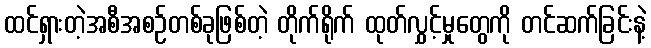
ထင်ရှားတဲ့အစီအစဉ်တစ်ခုဖြစ်တဲ့ တိုက်ရိုက် ထုတ်လွှင့်မှုတွေကို တင်ဆက်ခြင်းနဲ့